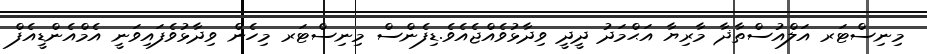
މިނިސްޓަރ އަލްއުސްތާޛާ މާރިޔާ އަޙްމަދު ދީދީ ވިދާޅުވެއްޖެއެވެ.ޑިފެންސް މިނިސްޓަރ މިހެން ވިދާޅުވެފައިވަނީ އެމްއެންޑީއެފް